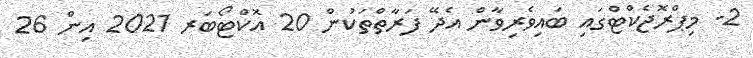
2- މިޕްރޮޖެކްޓްގައި ބައިވެރިވާން އެދޭ ފަރާތްތަކުން 20 އޮކްޓޯބަރ 2021 އިން 26